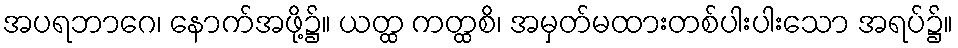
အပရဘာဂေ၊ နောက်အဖို့၌။ ယတ္ထ ကတ္ထစိ၊ အမှတ်မထားတစ်ပါးပါးသော အရပ်၌။